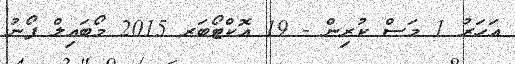
އަހަރު 1 މަސް ކުރިން - 19 އޮކްޓޯބަރ 2015 މޯބައިލް ފޯނު